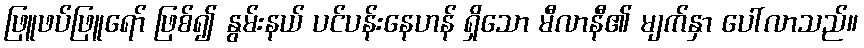
ဖြူဖပ်ဖြူရော် ဖြစ်၍ နွမ်းနယ် ပင်ပန်းနေဟန် ရှိသော မီလာနီ၏ မျက်နှာ ပေါ်လာသည်။